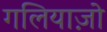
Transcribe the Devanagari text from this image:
गलियाज़ो